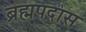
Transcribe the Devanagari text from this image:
ब्रह्मपदास